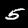
Label: 5